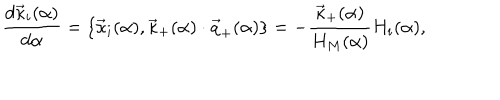
LaTeX: { \frac { d { \vec { \kappa } } _ { i } ( \alpha ) } { d \alpha } } = \{ { \vec { \kappa } } _ { i } ( \alpha ) , { \vec { \kappa } } _ { + } ( \alpha ) \cdot { \vec { q } } _ { + } ( \alpha ) \} = - { \frac { { \vec { \kappa } } _ { + } ( \alpha ) } { H _ { M } ( \alpha ) } } H _ { i } ( \alpha ) ,